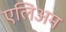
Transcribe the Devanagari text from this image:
एलिअम